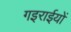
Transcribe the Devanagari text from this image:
गइराईयों